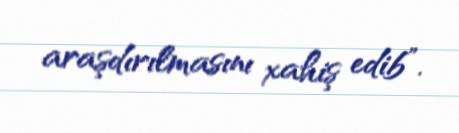
araşdırılmasını xahiş edib”.